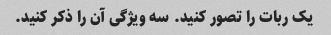
یک ربات را تصور کنید. سه ویژگی آن را ذکر کنید.